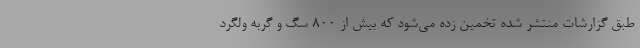
طبق گزارشات منتشر شده تخمین زده می‌شود که بیش از ۸۰۰ سگ و گربه ولگرد